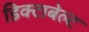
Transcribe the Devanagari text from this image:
डिक्टाबेल्ट